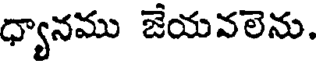
ధ్యానము జేయవలెను.